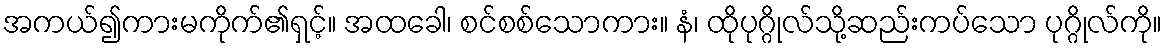
အကယ်၍ကားမကိုက်၏ရှင့်။ အထခေါ၊ စင်စစ်သောကား။ နံ၊ ထိုပုဂ္ဂိုလ်သို့ဆည်းကပ်သော ပုဂ္ဂိုလ်ကို။